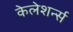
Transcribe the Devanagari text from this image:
केलेशर्न्स